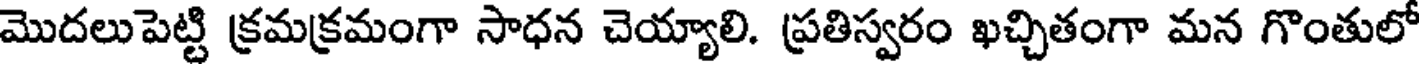
మొదలుపెట్టి క్రమక్రమంగా సాధన చెయ్యాలి. ప్రతిస్వరం ఖచ్చితంగా మన గొంతులో